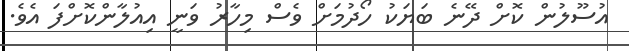
އުސޫލުން ކޮށް ދޭނެ ބަޔަކު ހޯދުމަށް ވެސް މިހާރު ވަނީ އިއުލާންކޮށްފަ އެވެ.